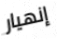
إنهيار